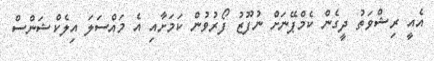
އެއީ ރިޝްވަތު ދީގެން ކެމްޕޭނަށް ނުފޫޒު ފޯރުވުން ކަމަށާއި އެ މައްސަލަ އިލެކްޝަންސް